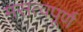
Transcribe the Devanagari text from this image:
मसत्वपूर्ण